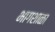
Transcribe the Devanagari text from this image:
भागशाळा